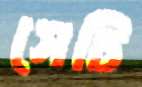
সেচি